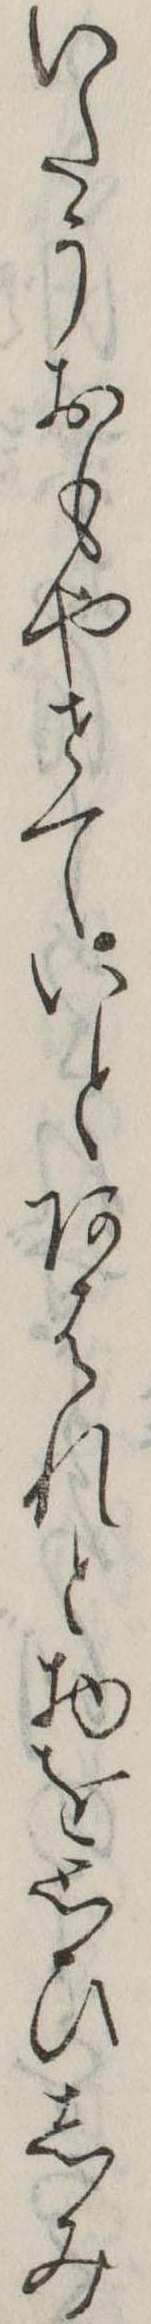
いたうおもやせていとあはれと物を思ひしみ